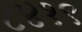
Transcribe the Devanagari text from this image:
८४१९